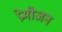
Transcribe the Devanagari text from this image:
प्रेमीजन